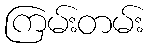
ကြမ်းတမ်း